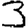
Digit: 3